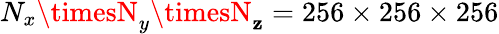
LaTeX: N_{x}\timesN_{y}\timesN_{\mathbf{z}}=256\times256\times256